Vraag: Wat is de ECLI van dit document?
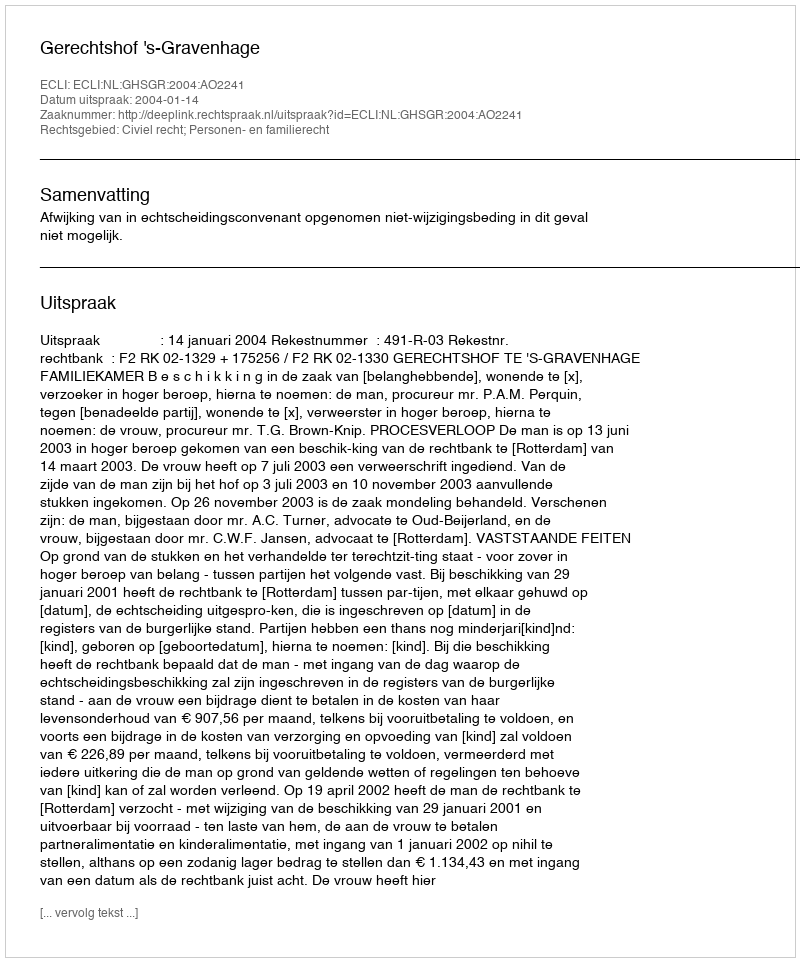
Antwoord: ECLI:NL:GHSGR:2004:AO2241